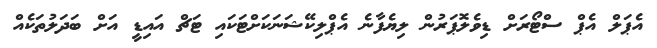
އެޕަލް އެޕް ސްޓޯރަށް ޑިވެލޮޕަރުން ލިޔެފާނެ އެޕްލިކޭޝަނަކަށްޓަކައި ޓަޗް އައިޑީ އަށް ބަދަލުތަކެއް